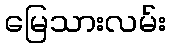
မြေသားလမ်း